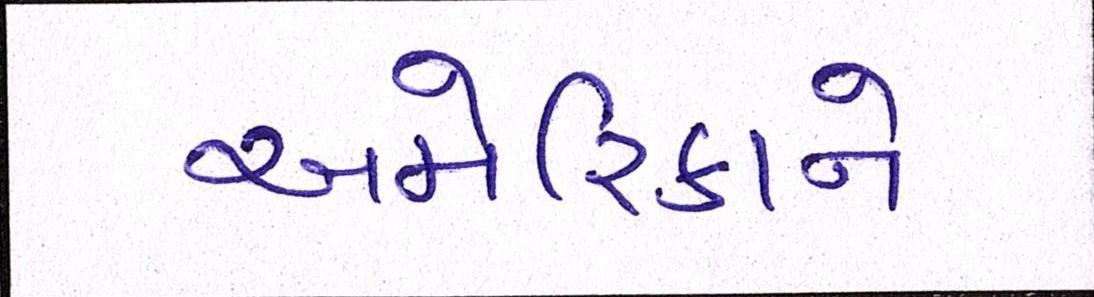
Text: અમેરિકાને